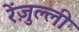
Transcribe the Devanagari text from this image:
रेंज़ुल्ली